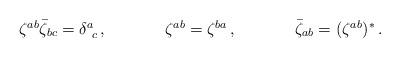
LaTeX: \begin{align*}\begin{array}{ccc}\zeta^{ab}\bar{\zeta}_{bc}=\delta^{a}_{~c}\,,~~~~&~~~~\zeta^{ab}=\zeta^{ba}\,,~~~~&~~~~\bar{\zeta}_{ab}=(\zeta^{ab})^{\ast}\,.\end{array}\end{align*}